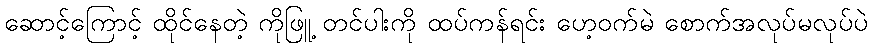
ဆောင့်ကြောင့် ထိုင်နေတဲ့ ကိုဖြူ့ တင်ပါးကို ထပ်ကန်ရင်း ဟေ့ဝက်မဲ စောက်အလုပ်မလုပ်ပဲ